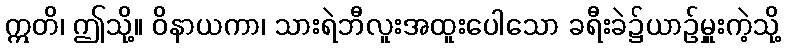
ဣတိ၊ ဤသို့။ ဝိနာယကာ၊ သားရဲဘီလူးအထူးပေါသော ခရီးခဲ၌ယာဉ်မှူးကဲ့သို့